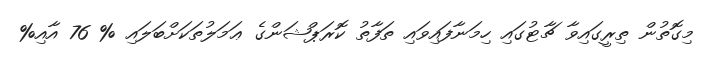
މިގޮތުން ތިރީގައިވާ ޗާޓުގައި ހިމަނާފައިވައި ތަފާތު ކޮރަޕްޝަންގެ ޢަމަލުތަކަށްބަލައި % 76 އާއި%